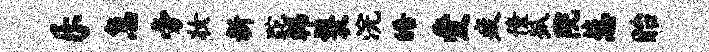
乐急旁妆新跎韩鬟浣皓爱疲僮狐院葱眙